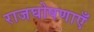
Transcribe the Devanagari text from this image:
राजघोषणाएँ